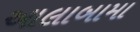
આલાબામા